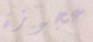
عجوزة